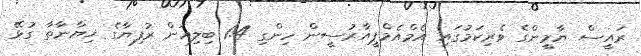
ރައީސް ޔާމީންގެ ވެރިކަމުގައި އެމްއެމްޕީއާރުސީން ހިންގި 1.4 ބިލިއަން ރުފިޔާގެ ޚިޔާނާތާ ގުޅޭ